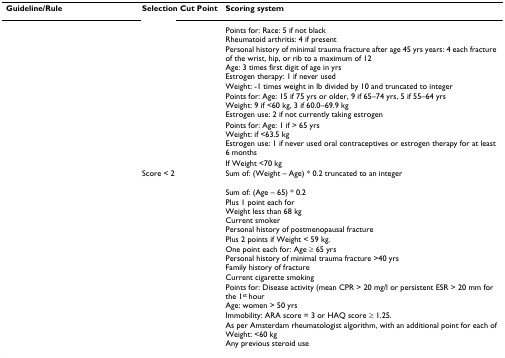
<table><thead><tr><td><b>Guideline/Rule</b></td><td><b>Selection Cut Point</b></td><td><b>Scoring system</b></td></tr></thead><tbody><tr><td>[EMPTY_CELL]</td><td>[EMPTY_CELL]</td><td>Points for: Race: 5 if not blackRheumatoid arthritis: 4 if presentPersonal history of minimal trauma fracture after age 45 yrs years: 4 each fracture of the wrist, hip, or rib to a maximum of 12Age: 3 times first digit of age in yrsEstrogen therapy: 1 if never usedWeight: -1 times weight in lb divided by 10 and truncated to integer</td></tr><tr><td>[EMPTY_CELL]</td><td>[EMPTY_CELL]</td><td>Points for: Age: 15 if 75 yrs or older, 9 if 65–74 yrs, 5 if 55–64 yrsWeight: 9 if &lt;60 kg, 3 if 60.0–69.9 kgEstrogen use: 2 if not currently taking estrogen</td></tr><tr><td>[EMPTY_CELL]</td><td>[EMPTY_CELL]</td><td>Points for: Age: 1 if &gt; 65 yrsWeight: if &lt;63.5 kgEstrogen use: 1 if never used oral contraceptives or estrogen therapy for at least 6 months</td></tr><tr><td>[EMPTY_CELL]</td><td>[EMPTY_CELL]</td><td>If Weight &lt;70 kg</td></tr><tr><td>[EMPTY_CELL]</td><td>Score &lt; 2</td><td>Sum of: (Weight – Age) * 0.2 truncated to an integer</td></tr><tr><td>[EMPTY_CELL]</td><td>[EMPTY_CELL]</td><td>Sum of: (Age – 65) * 0.2Plus 1 point each forWeight less than 68 kgCurrent smokerPersonal history of postmenopausal fracturePlus 2 points if Weight &lt; 59 kg.</td></tr><tr><td>[EMPTY_CELL]</td><td>[EMPTY_CELL]</td><td>One point each for: Age ≥ 65 yrsPersonal history of minimal trauma fracture &gt;40 yrsFamily history of fractureCurrent cigarette smoking</td></tr><tr><td>[EMPTY_CELL]</td><td>[EMPTY_CELL]</td><td>Points for: Disease activity (mean CPR &gt; 20 mg/l or persistent ESR &gt; 20 mm for the 1<sup>st </sup>hourAge: women &gt; 50 yrsImmobility: ARA score = 3 or HAQ score ≥ 1.25.</td></tr><tr><td>[EMPTY_CELL]</td><td>[EMPTY_CELL]</td><td>As per Amsterdam rheumatologist algorithm, with an additional point for each ofWeight: &lt;60 kgAny previous steroid use</td></tr></tbody></table>